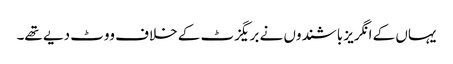
یہاں کے انگریز باشندوں نے بریگزٹ کے خلاف ووٹ دیے تھے۔